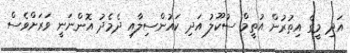
އަދި މީގެ އިތުރުން އުތީމް ސުކޫލު އަދި ކައުންސިލާއި ދެމެދު އޮންނަނީ ވަރަށްވެސް